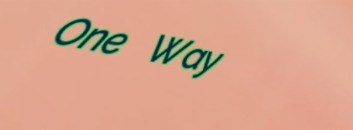
One Way